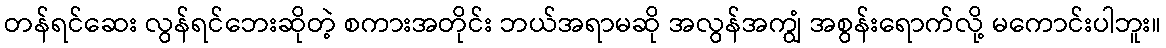
တန်ရင်ဆေး လွန်ရင်ဘေးဆိုတဲ့ စကားအတိုင်း ဘယ်အရာမဆို အလွန်အကျွံ အစွန်းရောက်လို့ မကောင်းပါဘူး။